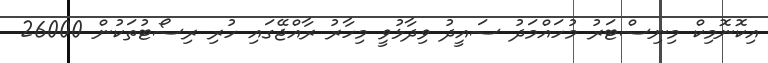
އިކޮނޮމިކް މިނިސްޓަރު މުހައްމަދު ސައީދު ވިދާޅުވީ މިހާރު ރާއްޖޭގައި ހުރި ރިސޯޓުތަކުން 26000